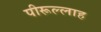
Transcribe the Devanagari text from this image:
पीरूल्लाह